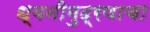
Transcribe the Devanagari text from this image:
ध्वनीमुद्रणाचा